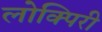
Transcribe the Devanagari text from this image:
लोक्पिरी